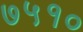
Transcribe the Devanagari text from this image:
७५१०